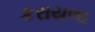
કરાયલા